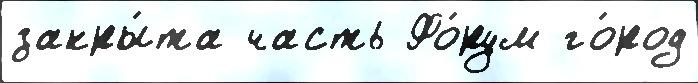
закры́та часть Фо́рум го́род